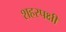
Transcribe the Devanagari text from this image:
शहरपक्षी